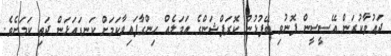
ދައުވާކުރަން އޭސީސީން ފޮނުވި ބޭފުޅުން ކޮރަޕްޝަންގެ އަމަލެއް ހިންގާފައިވާކަމަށް ކަނޑައަޅަން ދަތި ކަމަށެވެ.